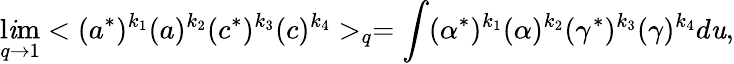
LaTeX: \operatorname*{l\mathit{i}m}_{q\to1}<(a^{*})^{k_{1}}(a)^{k_{2}}(c^{*})^{k_{3}}(c)^{k_{4}}>_{q}=\int(\alpha^{*})^{k_{1}}(\alpha)^{k_{2}}(\gamma^{*})^{k_{3}}(\gamma)^{k_{4}}d\mathit{u},